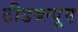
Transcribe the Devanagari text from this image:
टीडब्ल्यूए